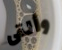
وألقى